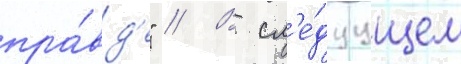
пра́вд'е" // В сл'е́дуущем